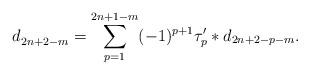
LaTeX: \begin{align*}d_{2n+2-m}^{} = \sum_{p=1}^{2n+1-m} (-1)^{p+1} \tau_p' * d_{2n+2-p-m}.\end{align*}